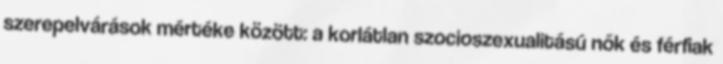
szerepelvárások mértéke között: a korlátlan szocioszexualitású nők és férﬁak